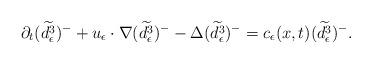
LaTeX: \begin{align*}\partial_t(\widetilde{d_\epsilon^3})^{-}+u_\epsilon\cdot\nabla (\widetilde{d_\epsilon^3})^{-}-\Delta(\widetilde{d_\epsilon^3})^{-}=c_\epsilon(x,t)(\widetilde {d_\epsilon^3})^{-}.\end{align*}